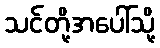
သင်တို့အပေါ်သို့